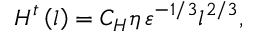
H ^ { t } \left( l \right) = C _ { H } \eta \, \varepsilon ^ { { - 1 / 3 } } l ^ { { 2 / 3 } } ,